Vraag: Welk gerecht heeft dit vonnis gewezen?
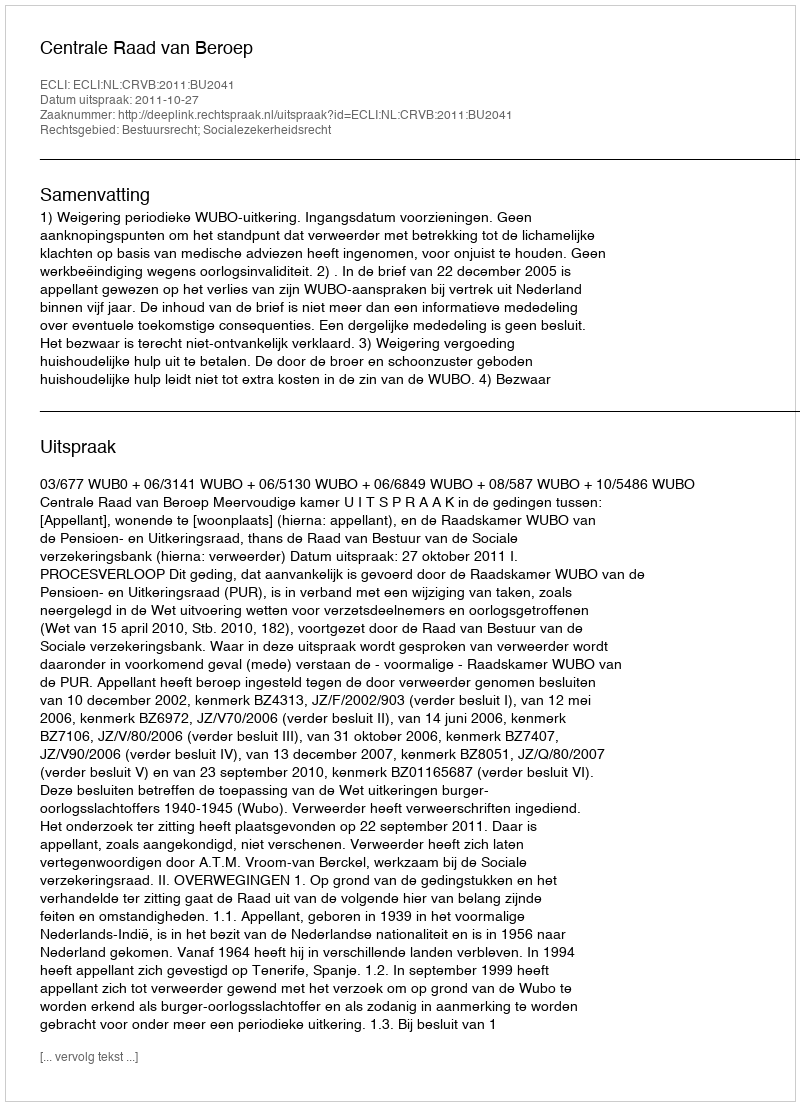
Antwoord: Centrale Raad van Beroep